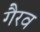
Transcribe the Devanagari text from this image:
गैरव